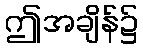
ဤအချိန်၌